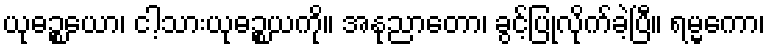
ယုဓဉ္စယော၊ ငါ့သားယုဓဉ္စယကို။ အနုညာတော၊ ခွင့်ပြုလိုက်ခဲ့ပြီ။ ရမ္မကော၊